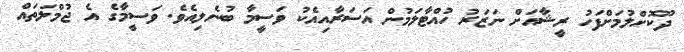
ދޫކޮށްލުމަށްފަހު ރީޝާއަށް ނަޒަރު ހުއްޓާލަމުން އަސަރާއިއެކު ވަސީމާ ބުނެލިއެވެ. ވަސީމާގެ އެ ޖުމްލަތައް